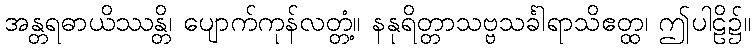
အန္တရဓာယိဿန္တိ၊ ပျောက်ကုန်လတ္တံ့။ နနုရိတ္တာသဗ္ဗသင်္ခါရာသိဧတ္ထ၊ ဤပါဠိ၌။